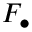
F _ { \bullet }